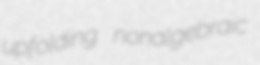
upfolding nonalgebraic